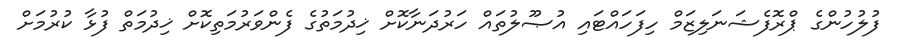
ފުލުހުންގެ ޕްރޮފެޝަނަލިޒަމް ހިފަހައްޓައި އުޞޫލުތައް ހަރުދަނާކޮށް ޚިދުމަތުގެ ފެންވަރުމަތިކޮށް ޚިދުމަތް ފުޅާ ކުރުމަށް